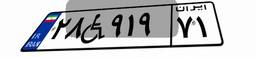
۲۸W۹۱۹۷۱